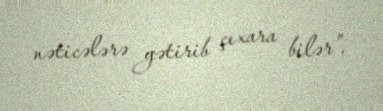
nəticələrə gətirib çıxara bilər”.